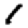
Digit: 1